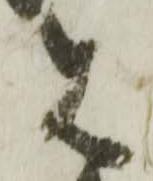
は